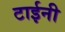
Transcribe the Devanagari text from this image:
टाईनी